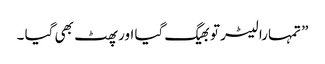
” تمہارا لیٹر تو بھیگ گیا اور پھٹ بھی گیا ۔